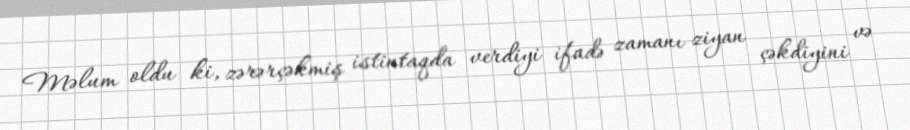
Məlum oldu ki, zərərçəkmiş istintaqda verdiyi ifadə zamanı ziyan çəkdiyini və